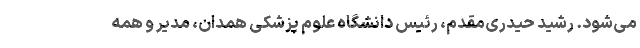
می‌شود. رشید حیدری‌مقدم، رئیس دانشگاه علوم پزشکی همدان، مدیر و همه